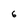
Character: 6